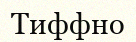
Тиффно